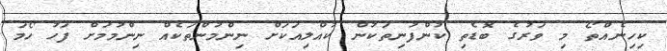
ކިހިނެއްތޯ މި ވަރުގެ ބޮޑެތި ކުންފުނިތަކުން ކުއްލިއަކަށް ނިންމުންތަކެއް ނިންމުމަށް ފަހު ހޯމަ